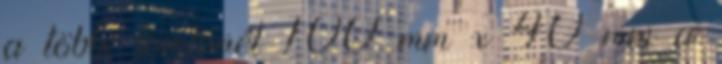
a többi tömlõnél 100 mm x 40 mm a